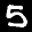
Label: 5